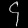
Digit: ၄